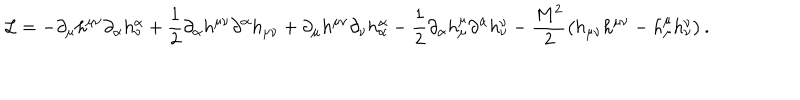
{ \cal L } = - \partial _ { \mu } h ^ { \mu \nu } \partial _ { \alpha } h _ { \nu } ^ { \alpha } + \frac { 1 } { 2 } \partial _ { \alpha } h ^ { \mu \nu } \partial ^ { \alpha } h _ { \mu \nu } + \partial _ { \mu } h ^ { \mu \nu } \partial _ { \nu } h _ { \alpha } ^ { \alpha } - \frac { 1 } { 2 } \partial _ { \alpha } h _ { \mu } ^ { \mu } \partial ^ { \alpha } h _ { \nu } ^ { \nu } - \frac { M ^ { 2 } } { 2 } \left( h _ { \mu \nu } h ^ { \mu \nu } - h _ { \mu } ^ { \mu } h _ { \nu } ^ { \nu } \right) .